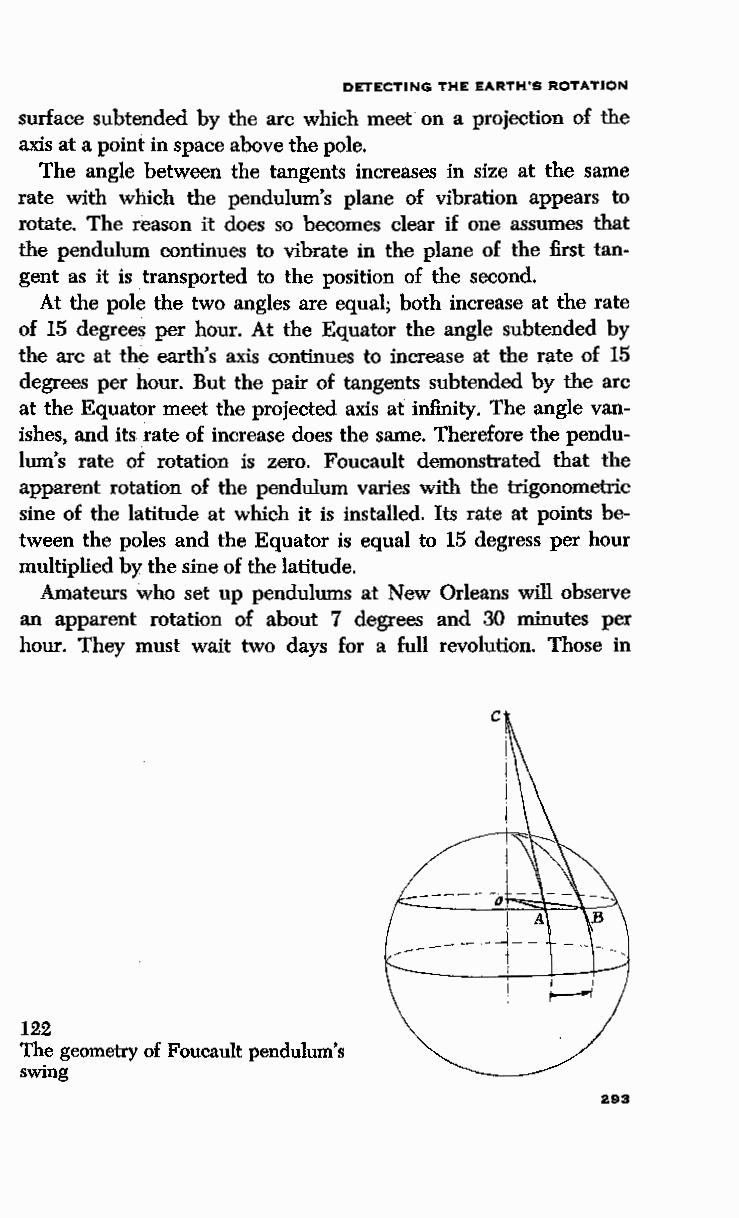
DETECTING THE EARTH'S ROTATION
 surface subtended by the arc which meet on a projection of the
 axis at a point in space above the pole.
 The angle between the tangents increases in size at the same
 rate with which the pendulum's plane of vibration appears to
 rotate. The reason it does so becomes clear if one assumes that
 the pendulum continues to vibrate in the plane of the first tan
 gent as it is transported to the position of the second.
 At the pole the two angles are equal; both increase at the rate
 of 15 degrees per hour. At the Equator the angle subtended by
 the arc at the earth's axis continues to increase at the rate of 15
 degrees per hour. But the pair of tangents subtended by the arc
 at the Equator meet the projected axis at infinity. The angle van
 ishes, and its rate of increase does the same. Therefore the pendu
 lum's rate of rotation is zero. Foucault demonstrated that the
 apparent rotation of the pendulum varies with the trigonometric
 sine of the latitude at which it is installed. Its rate at points be
 tween the poles and the Equator is equal to 15 degress per hour
 multiplied by the sine of the latitude.
 Amateurs who set up pendulums at New Orleans will observe
 an apparent rotation of about 7 degrees and 30 minutes per
 hour. They must wait two days for a full revolution. Those in
 c
 122
 The geometry of Foucault pendulum's
 swing
 293